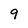
Character: 9